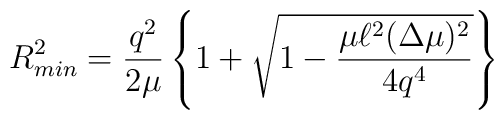
R_{min}^2=\frac{q^2}{2\mu}\left\{1+\sqrt{1-\frac{\mu\ell^2(\Delta\mu)^2}{4q^4}}\right\}